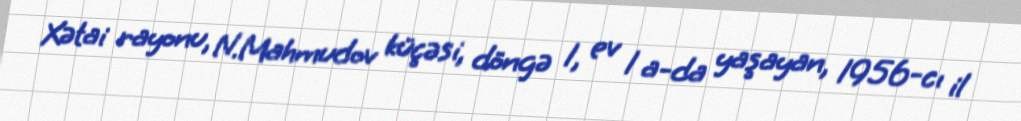
Xətai rayonu, N.Mahmudov küçəsi, döngə 1, ev 1 a-da yaşayan, 1956-cı il